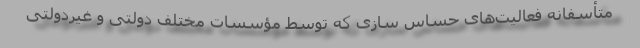
متأسفانه فعالیت‌های حساس سازی که توسط مؤسسات مختلف دولتی و غیردولتی